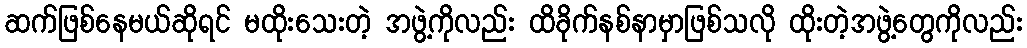
ဆက်ဖြစ်နေမယ်ဆိုရင် မထိုးသေးတဲ့ အဖွဲ့ကိုလည်း ထိခိုက်နစ်နာမှာဖြစ်သလို ထိုးတဲ့အဖွဲ့တွေကိုလည်း